Bréfritari: Sæmundur Jónsson
Viðtakandi: Páll Pálsson
Dagsetning: A-1867-05-01
Skrifað á: Hraungerði
Sæmundur var maður Stefaníu Siggeirsdóttur bróðurdóttur Páls Pálssonar

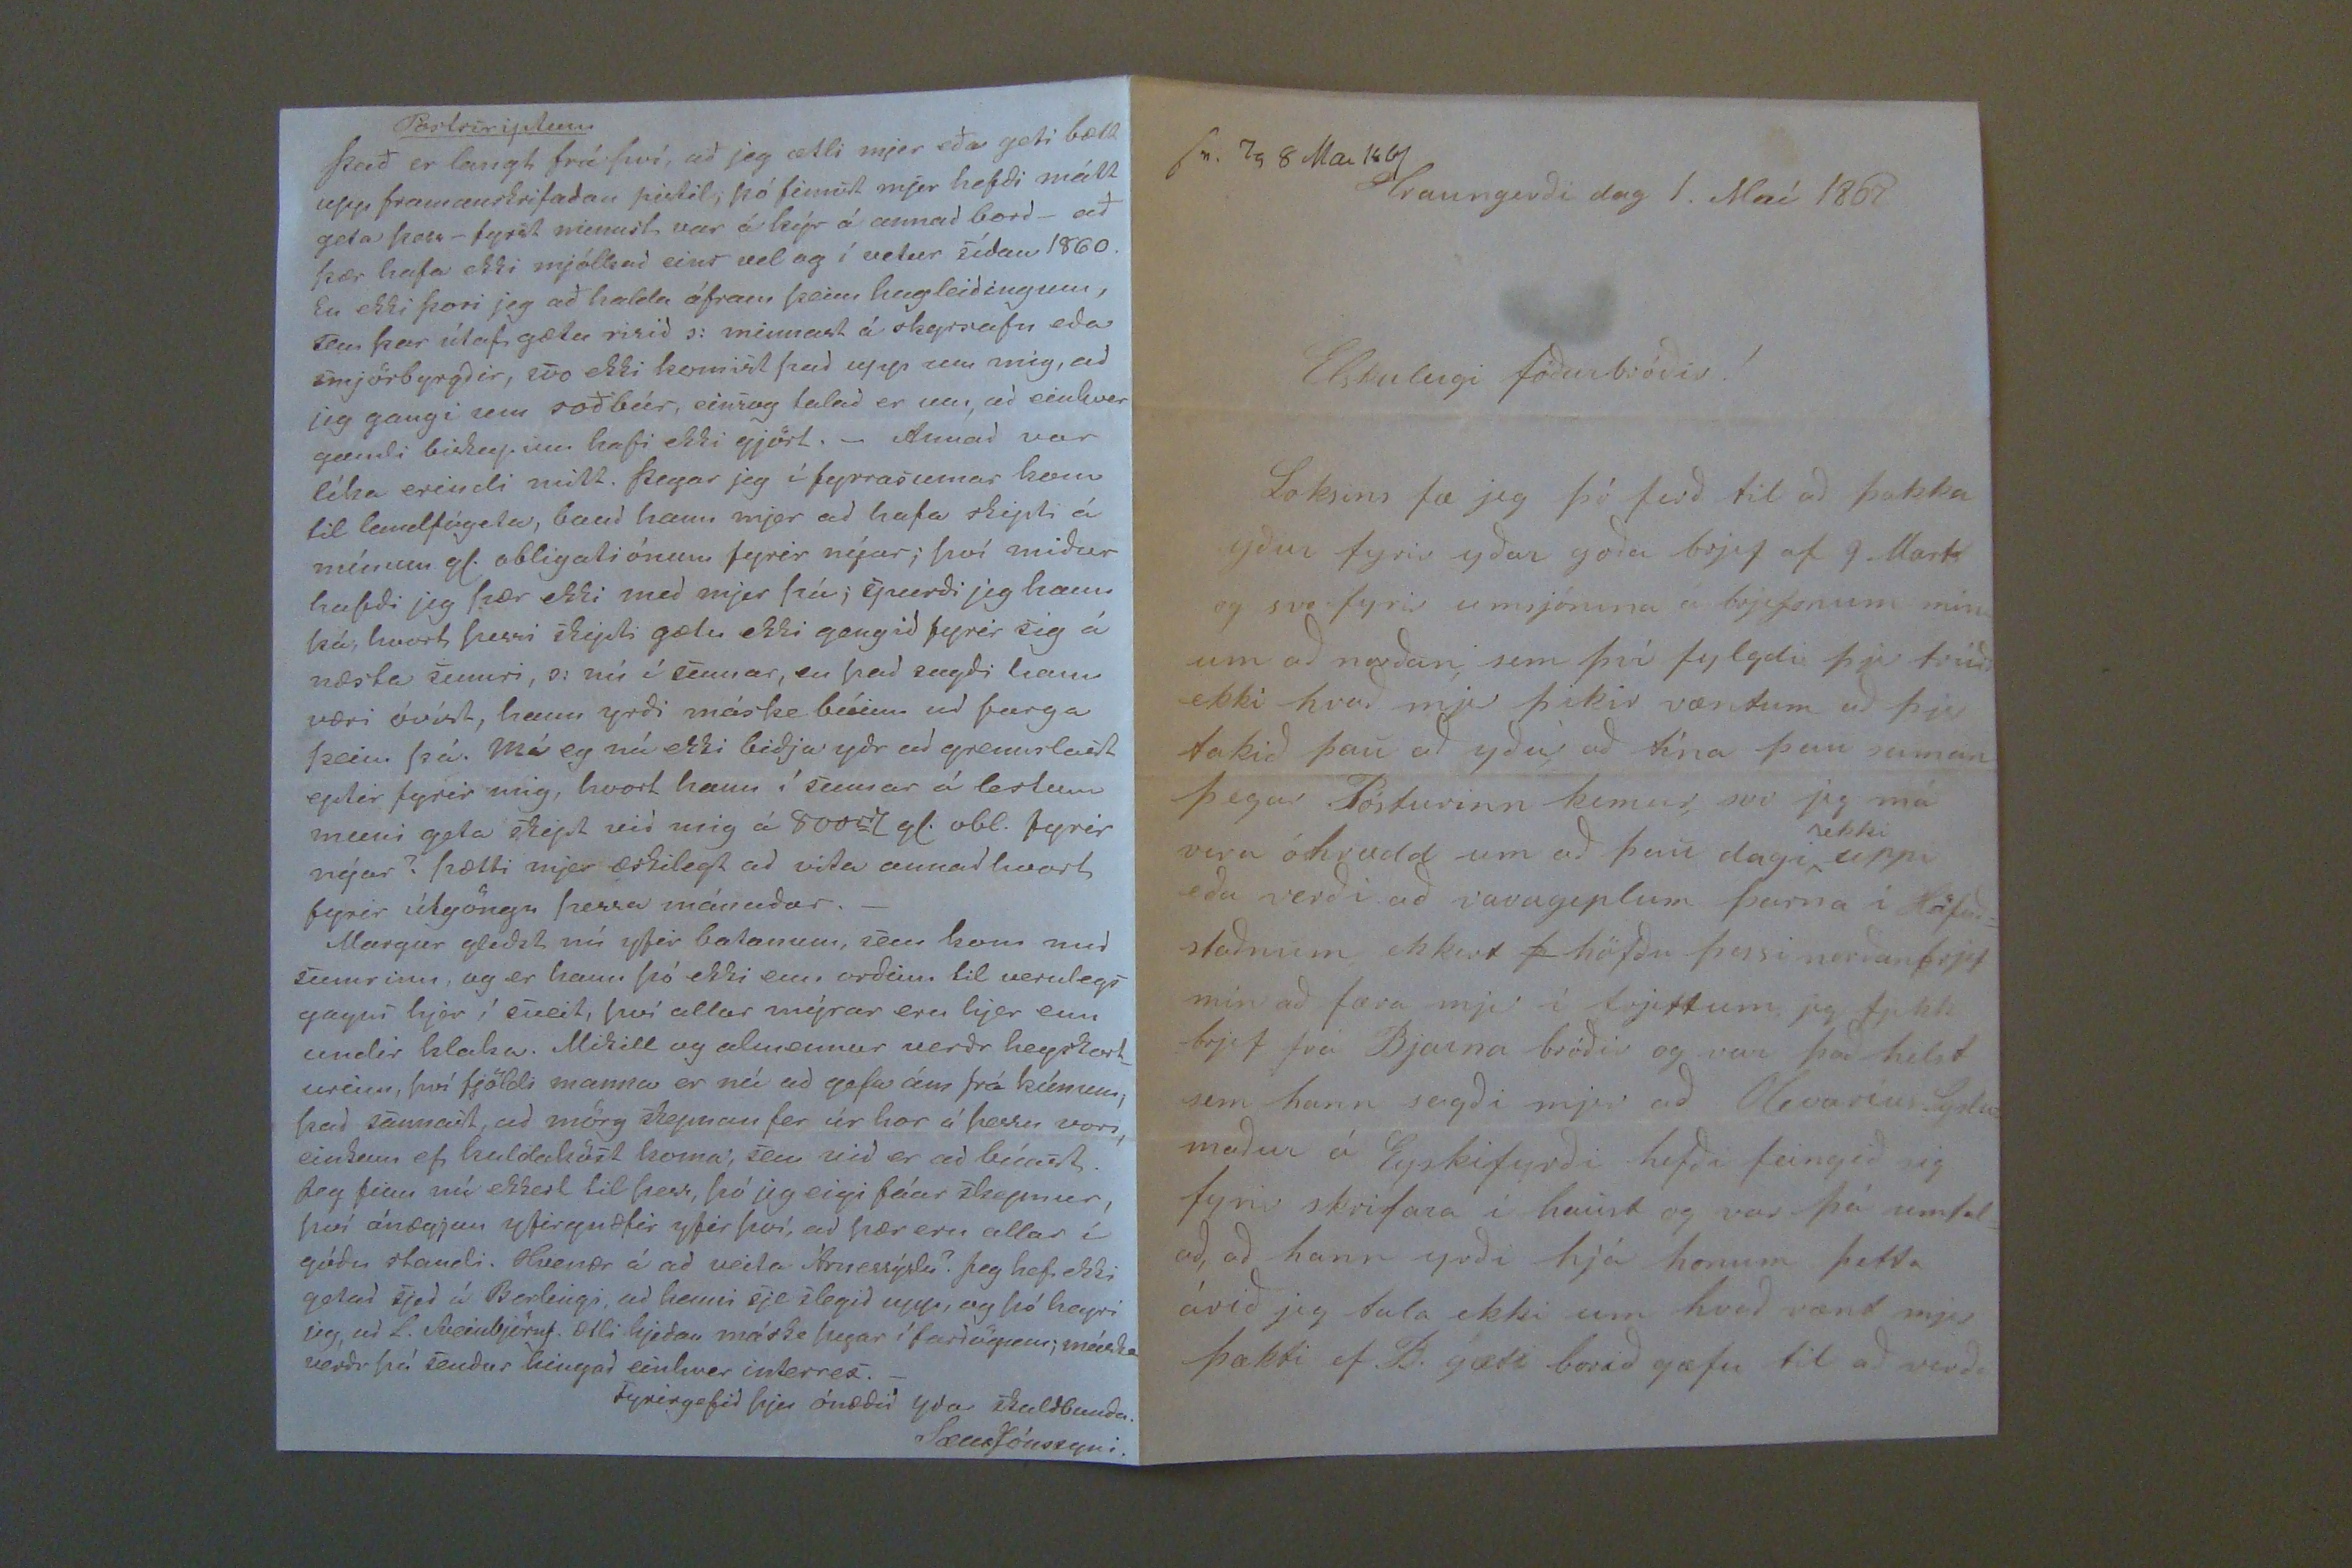

Postscriptum
Það er langt frá því, að ég ætli mjer eða geti bætt upp, framandskrifaðan pistil; þó finnst mjer hefði mátt geta þess_ fyrst minnst var á kýr á annad bord_ að þær hafa ekki mjólkað eins vel og í vetur sídan 1860. En ekki þori jeg að halda áfram þeim hugleidingum, sem þær útaf gætu risið s: minnast á skyrsnafn eda smjörbyrgðir, svo ekki komist þad upp um mig, að jeg gangi um soðbúr, einsog talað er um, að einhver gamli biskup um hafi ekki gjört._ Annad var líka erindi mitt. þegar jeg í fyrrasumar kom til landfógeta, baud hann mjer ad hafa skipti á mínum gl. obligadiónum fyrir nýar; því miður hafði jeg þær ekki med mjer þá; spurði jeg hann þá; hvort þessi i
Eydi
gætu ekki gengid fyrir sig á næsta sumri, o: nú í sumar, en þad sagði hann væri óvíst, hann yrði máske búinn ad farga þeim þá. má eg nú ekki biðja yðr ad grennslast eptir fyrir mig, hvort hann í sumar á lestum muni geta skipt vid mig á 800
00 yl. obl.
fyrir nýar? þætti mjer æskilegt ad vita annadhvort fyrir útgöngu þessa mánadar._ Margur gleðst nú yfir balanum, sem kom med sumrinu, og er hann þó ekki enn orðinn til verulegs gagns hjer í sveit, því allar mýrar eru hjer enn undir klaka. Mikill og
idusamur
verðr heyska
rt
urinn, því fjöldi manna er nú ad gefa ám frá kúnum; þad sannast, ad mörg skepnan fer úr hor á þessu vori, einkum ef kuldaköst koma; sem vid er ad búast. Jeg finn nú ekkert til þess, þó jeg eigi fáar skepnur því ánægjan yfirgnæfir yfir því, ad þær eru allar í góðu standi. Hvenær á ad veita Árnessýslu? Jeg hefi ekki getad sjed á
Berlengi,
ad henni sje slegið upp, og þó heyri jeg, ad L. Sveinbjörns. ætli hjeðan máske þegar í fardögum; máske verðr þá sendur hingað einhver
inderrex._
Fyrirgefið þjer ónæðið yðra skuldbundn.
SæmrJónssyni.